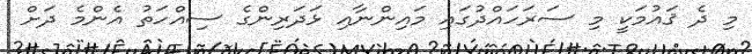
މި ދެ ޤައުމަކީ މި ސަރަހައްދުގައި މައިންނާއި ޅަދަރިންގެ ސިއްހަތު އެންމެ ދަށް